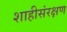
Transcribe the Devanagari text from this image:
शाहीसंरक्षण